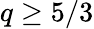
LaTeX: q\geq 5/3